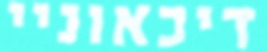
דיכאוניי